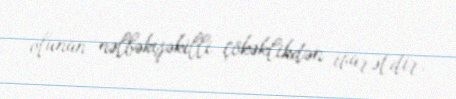
olunan nəlbəkişəkilli çökəklikdən ibarətdir.